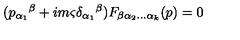
( p _ { \alpha _ { 1 } } { } ^ { \beta } + i m \varsigma \delta _ { \alpha _ { 1 } } { } ^ { \beta } ) F _ { \beta \alpha _ { 2 } \ldots \alpha _ { k } } ( p ) = 0